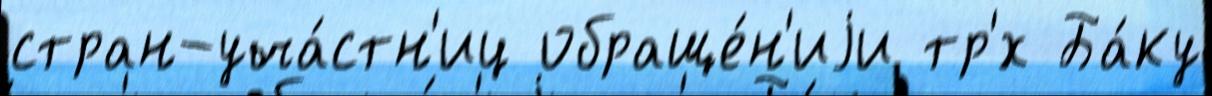
стран-уча́стн'иц обраще́н'иjи тр'́х Ба́ку